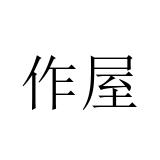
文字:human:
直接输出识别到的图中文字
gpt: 作屋